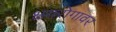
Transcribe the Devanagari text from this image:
क्षयरोगावर